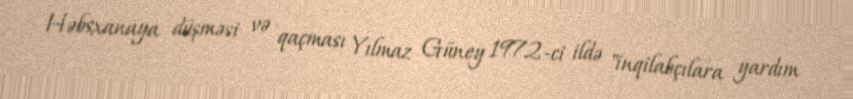
Həbsxanaya düşməsi və qaçması Yılmaz Güney 1972-ci ildə "inqilabçılara yardım